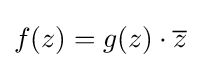
f(z)=g(z)\cdot {\overline {z}}